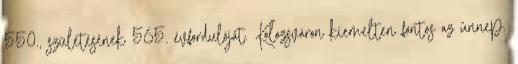
550., születésének 565. évfordulóját. Kolozsváron kiemelten fontos az ünnep.